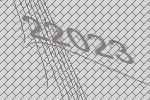
22023